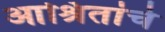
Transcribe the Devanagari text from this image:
आश्रितांचे